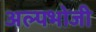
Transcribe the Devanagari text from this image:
अल्पभोजी